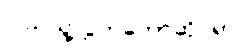
ပြည်သူ့လွှတ်တော်ဆိုင်ရာ